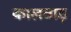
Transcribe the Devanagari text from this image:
कालवाड़